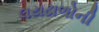
લયઢાળોની